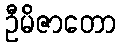
ဦမိဇာတော